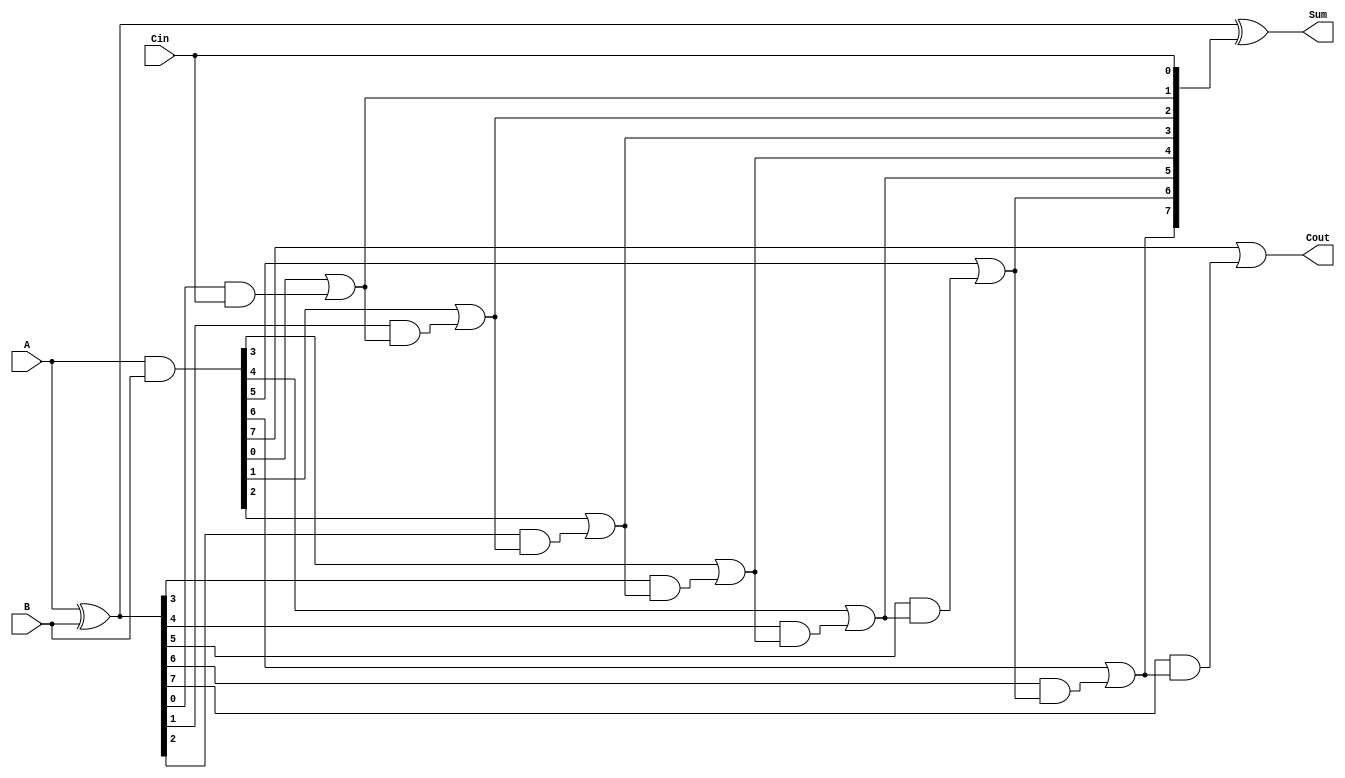
module Parallel_Prefix_Adder #(parameter N = 8) (
    input  [N-1:0] A, 
    input  [N-1:0] B, 
    input          Cin, 
    output [N-1:0] Sum, 
    output         Cout
);

    // Generate and propagate signals
    wire [N-1:0] P; // Propagate
    wire [N-1:0] G; // Generate
    wire [N:0] C;   // Carry

    assign P = A ^ B; // Propagate
    assign G = A & B; // Generate
    assign C[0] = Cin; // Initial carry in

    // Generate carry signals using Kogge-Stone technique
    genvar i, j;
    
    // Level 1
    generate
    for (i = 0; i < N; i = i + 1) begin : level1
        assign C[i + 1] = G[i] | (P[i] & C[i]);
    end
    endgenerate

    // Sum calculation
    assign Sum = P ^ C[N-1:0]; // Sum bits
    assign Cout = C[N]; // Final carry-out

endmodule